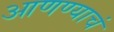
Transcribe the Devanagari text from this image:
आणण्याचं